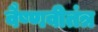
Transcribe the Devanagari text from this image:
वैष्णवीतंत्र